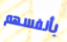
بأنفسهم